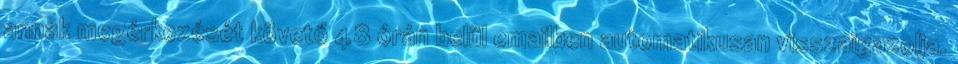
annak megérkezését követő 48 órán belül emailben automatikusan visszaigazolja.